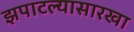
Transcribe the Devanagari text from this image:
झपाटल्यासारखा